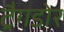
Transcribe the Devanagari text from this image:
ट्रैगडोर